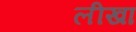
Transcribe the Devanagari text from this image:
लीखा